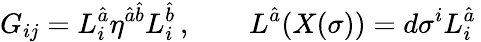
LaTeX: G_{ij}=L_{i}^{\hat{a}}\eta^{{\hat{a}}{\hat{b}}}L_{i}^{\hat{b}}\, ,\qquad L^{\hat{a}}(X(\sigma))=d\sigma^{i}L_{i}^{\hat{a}}\,